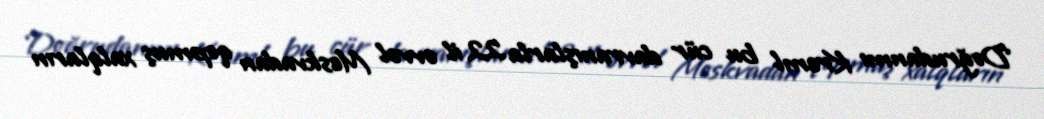
Doğrudanmı Kreml bu cür davranışlarla 22 il əvvəl Moskvadan qopmuş xalqların